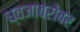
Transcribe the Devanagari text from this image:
ध्वजाबरोबर